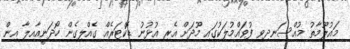
މައުލޫމާތު މުއްސަނދިވި ފުވައްމުލަކުގައި މޫދަށް އެރި އުޅުނު ޑޮކްޓަރެއް ގެއްލިގެން ހޯދަނީއާއިލާ އިން